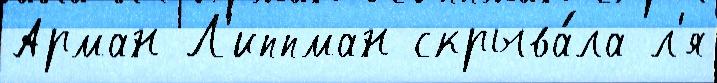
Арман Л'иппман скрыва́ла л'я